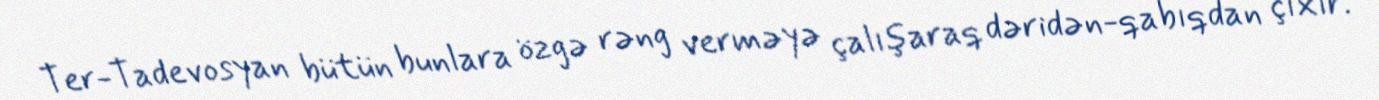
Ter-Tadevosyan bütün bunlara özgə rəng verməyə çalışaraq dəridən-qabıqdan çıxır.